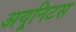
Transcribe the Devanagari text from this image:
अयूनिटस